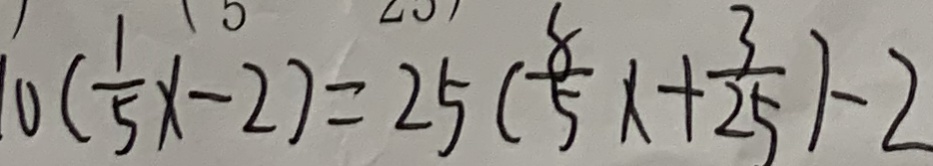
1 0 ( \frac { 1 } { 5 } x - 2 ) = 2 5 ( \frac { 8 } { 5 } x + \frac { 3 } { 2 5 } ) - 2